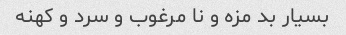
بسیار بد مزه و نا مرغوب و سرد و کهنه